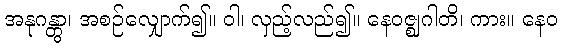
အနုဂန္တွာ၊ အစဉ်လျှောက်၍။ ဝါ၊ လှည့်လည်၍။ နေဝဇ္ဈဂါတိ၊ ကား။ နေဝ